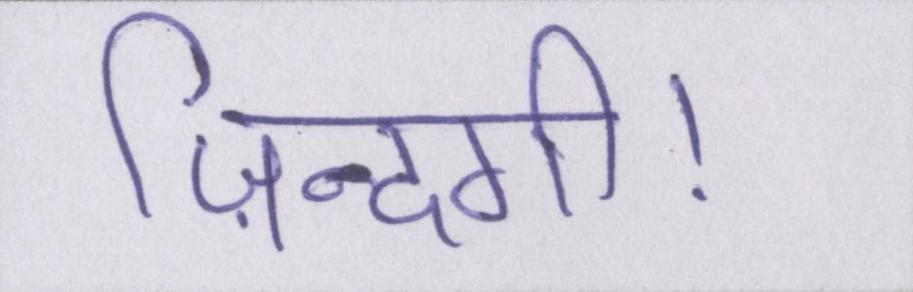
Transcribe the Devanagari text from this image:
ज़िन्दगी।